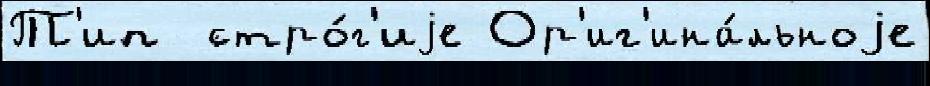
Т'ип  стро́г'иjе Ор'иг'ина́льноjе